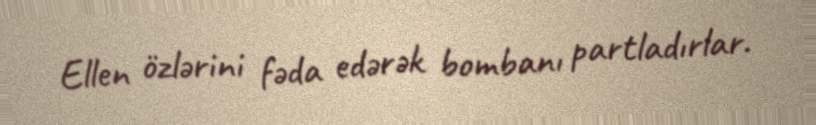
Ellen özlərini fəda edərək bombanı partladırlar.